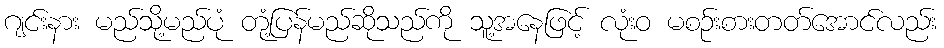
ဂျင်းနား မည်သို့မည်ပုံ တုံ့ပြန်မည်ဆိုသည်ကို သူ့အနေဖြင့် လုံးဝ မစဉ်းစားတတ်အောင်လည်း